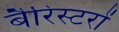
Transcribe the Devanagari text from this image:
बैरिस्टरों